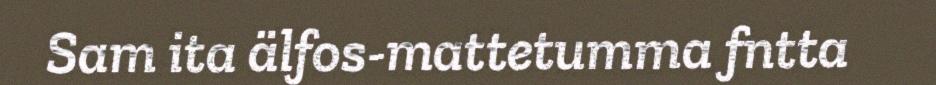
Sam ita älfos-mattetumma fntta